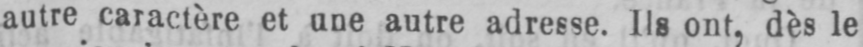
autre caractère et une autre adresse. Ils ont, dès le